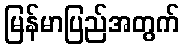
မြန်မာပြည်အတွက်